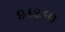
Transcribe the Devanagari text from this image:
९४२५०